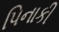
પિનાકી